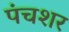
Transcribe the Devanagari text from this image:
पंचशर